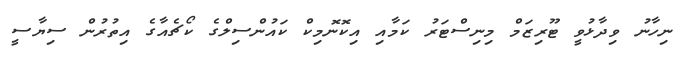
ނިހާނު ވިދާޅުވީ ޓޫރިޒަމް މިނިސްޓަރު ކަމާއި އިކޮނޮމިކް ކައުންސިލްގެ ކޯޗެއާގެ އިތުރުން ސިޔާސީ